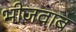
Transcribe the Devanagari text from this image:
भीजवाब